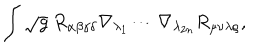
LaTeX: \int \sqrt { g } ~ R _ { \alpha \beta \gamma \delta } \nabla _ { \lambda _ { 1 } } \cdots \nabla _ { \lambda _ { 2 n } } R _ { \mu \nu \lambda \rho } ,